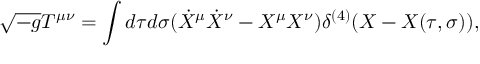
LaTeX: \sqrt { - g } T ^ { \mu \nu } = \int d \tau d \sigma ( \dot { X } ^ { \mu } \dot { X } ^ { \nu } - X ^ { \mu } X ^ { \nu } ) \delta ^ { ( 4 ) } ( X - X ( \tau , \sigma ) ) ,